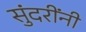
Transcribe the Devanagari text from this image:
सुंदरींनी